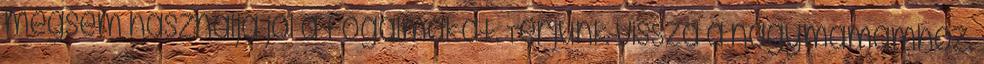
mégsem használja jól a fogalmakat. Térjünk vissza a nagymamámhoz.